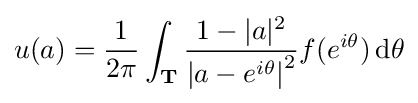
u(a)={\frac {1}{2\pi }}\int _{\mathbf {T} }{\frac {1-|a|^{2}}{\left|a-e^{i\theta }\right|^{2}}}f(e^{i\theta })\,\mathrm {d} \theta